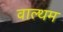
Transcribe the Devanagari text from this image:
वाल्थम